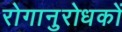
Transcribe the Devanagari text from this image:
रोगानुरोधकों